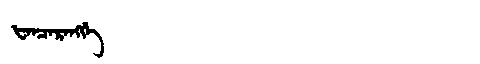
Manchu: ᡶᠠᠨᠴᠠᡵᠠᠩᡤᡝ
Romanization: FANCARANGGE